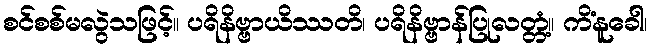
စင်စစ်မလွဲသဖြင့်။ ပရိနိဗ္ဗာယိဿတိ၊ ပရိနိဗ္ဗာန်ပြုလတ္တံ့။ ကိံနူခေါ၊